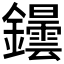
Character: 𲇬